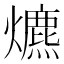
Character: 爊